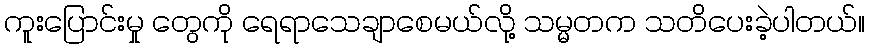
ကူးပြောင်းမှု တွေကို ရေရာသေချာစေမယ်လို့ သမ္မတက သတိပေးခဲ့ပါတယ်။